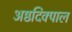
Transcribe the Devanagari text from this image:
अष्ठदिक्पाल